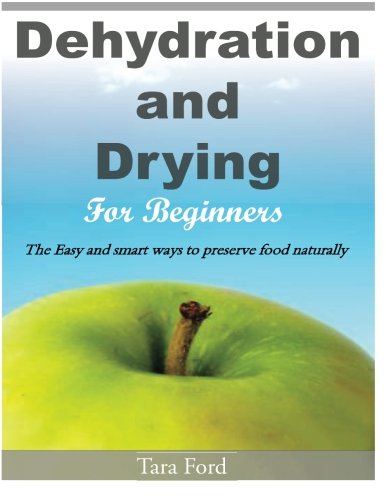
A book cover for Dehydration and Drying for Beginners: The Easy and smart ways to preserve food naturally; Tara Ford; Cookbooks, Food & Wine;